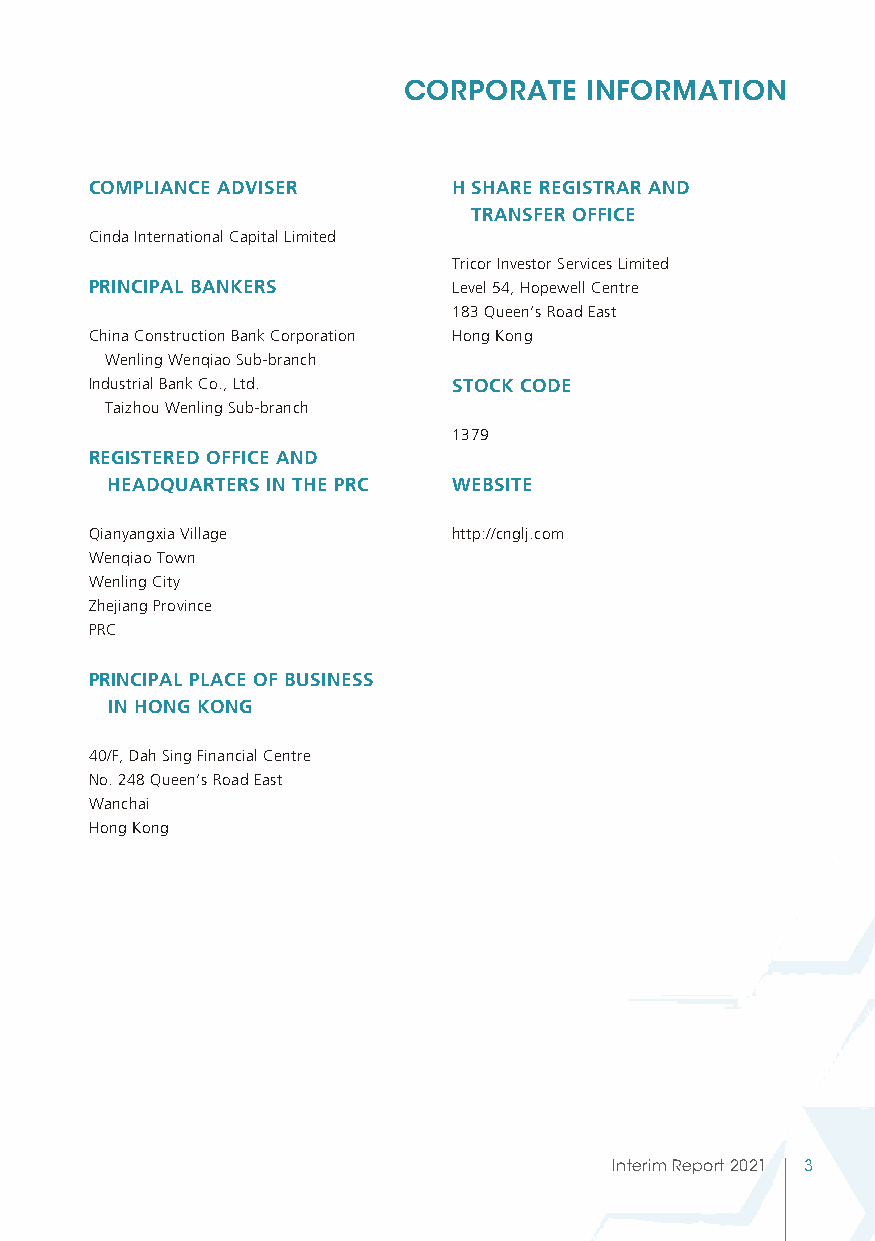
CORPORATE   INFORMATION
 COMPLIANCE ADVISER      H SHARE REGISTRAR AND
 TRANSFER OFFICE
 Cinda International Capital Limited
 Tricor Investor Services Limited
 PRINCIPAL BANKERS       Level 54, Hopewell Centre
 183 Queen’s Road East
 China Construction Bank Corporation Hong Kong
 Wenling Wenqiao Sub-branch
 Industrial Bank Co., Ltd. STOCK CODE
 Taizhou Wenling Sub-branch
 1379
 REGISTERED OFFICE AND
 HEADQUARTERS IN THE PRC WEBSITE
 Qianyangxia Village     http://cnglj.com
 Wenqiao Town
 Wenling City
 Zhejiang Province
 PRC
 PRINCIPAL PLACE OF BUSINESS
 IN HONG KONG
 40/F, Dah Sing Financial Centre
 No. 248 Queen’s Road East
 Wanchai
 Hong Kong
 Interim Report 2021 3